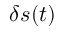
\delta s ( t )